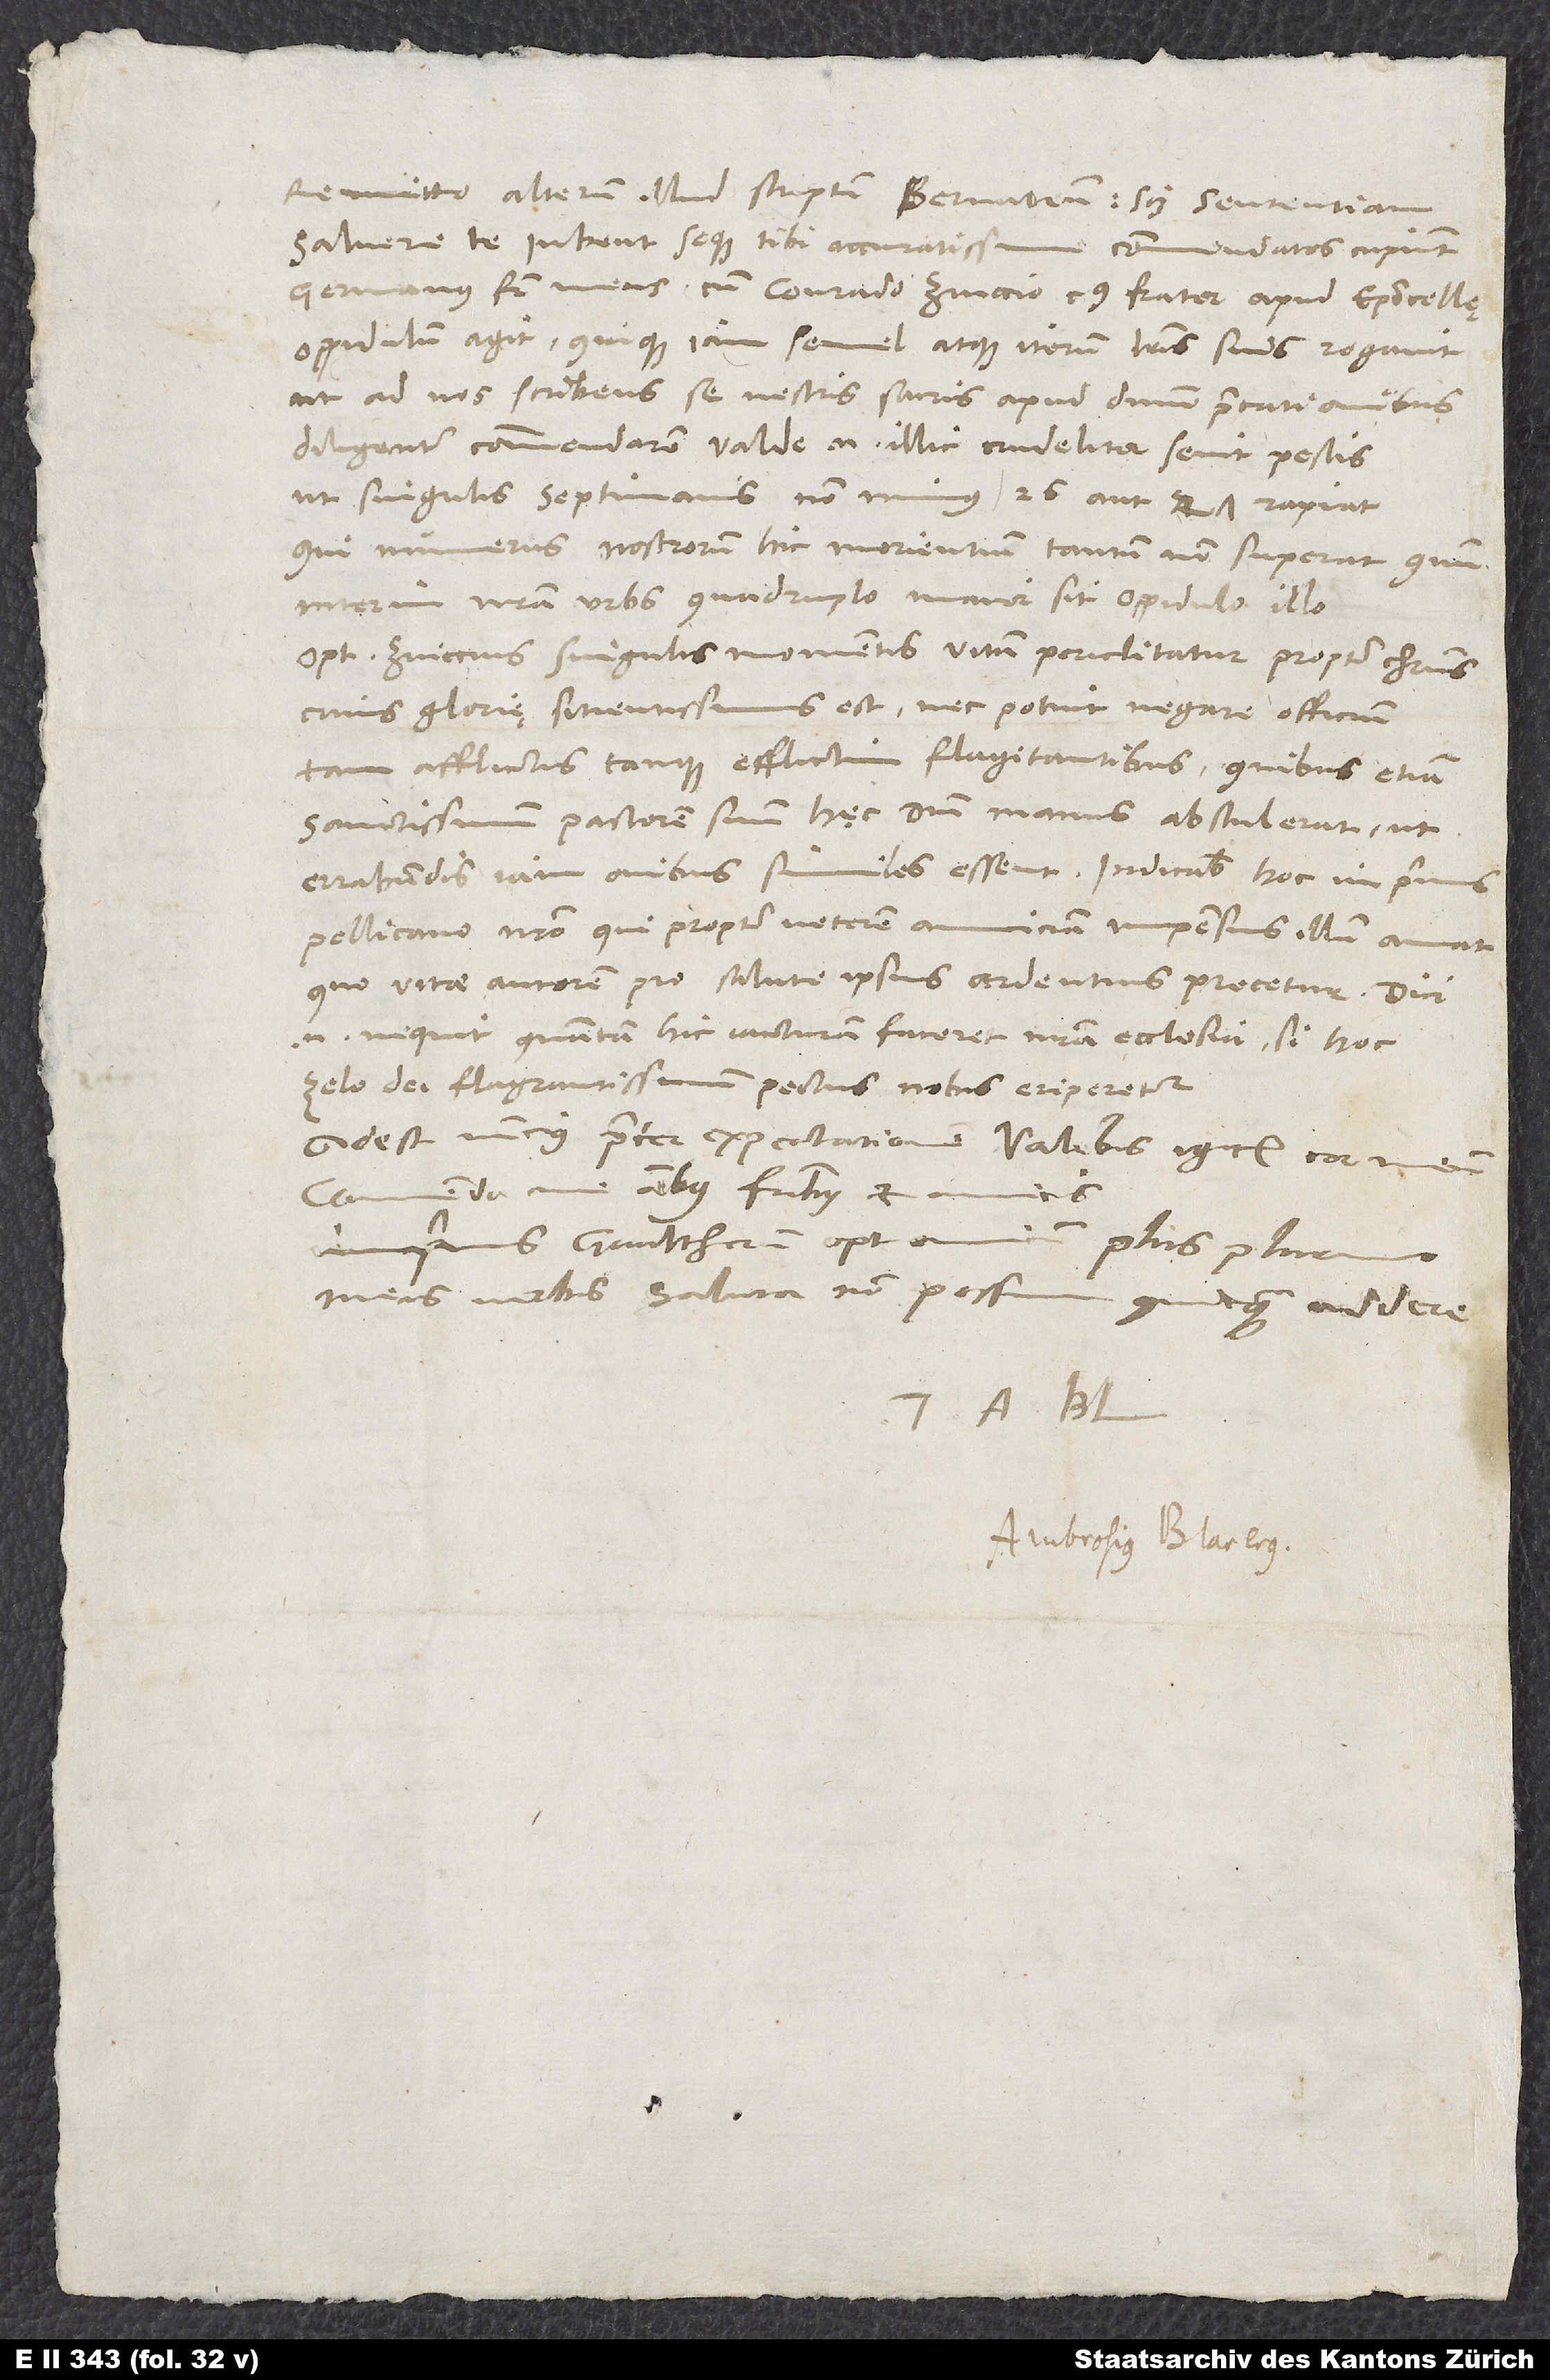
Remitto alterum illud scriptum, Bernatium scilicet sententiam.
Salvere te iubent seque tibi accuratissime commendatos cupiunt
germanus frater cum Conrado Zviccio, cuius frater apud Episcopicellę
oppidulum agit quique iam semel atque iterum literis suis rogavit,
ut ad vos scribens se vestris sacris apud dominum precationibus
diligenter commendarem. Valde enim illic crudeliter sevit pestis,
ut singulis septimanis non minus 26 aut 27 rapiat,
qui numerus nostrorum hic morientium tantum non superat, quum
interim nostra urbs quadruplo maior sit oppidulo illo.
Optimus Zviccius singulis momentis vitam periclitatur propter Christum,
cuius glorię sitientissimus est, nec potuit negare officium
tam afflictis tanque afflictim flagitantibus, quibus etiam
sanctissimum pastorem suum hęc domini manus abstulerat, ut
errabundis iam ovibus similes essent. Indicabis hoc inprimis
Pellicano nostro, qui propter veterem amiciciam impensius illum amat,
quo vitae autorem pro salute ipsius ardentius precetur; dici
enim nequit, quantam hic iacturam faceret nostra ecclesia, si hoc
zelo dei flagrantissimum pectus nobis eriperetur.
Adest nuncius praeter expectationem. Valebis igitur, cor meum.
Commenda me omnibus fratribus et amicis.
Imprimis Gvaltherum, optimum amicum, plus plurimo
meis verbis saluta. Non possum quicquam addere.